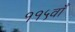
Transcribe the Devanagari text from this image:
११५वाँ